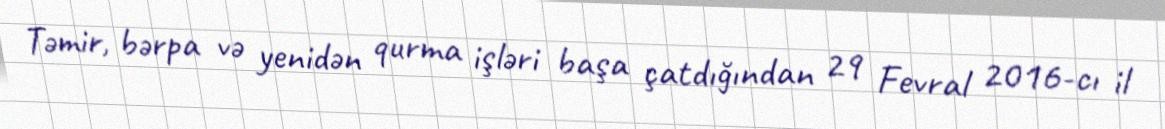
Təmir, bərpa və yenidən qurma işləri başa çatdığından 29 Fevral 2016-cı il